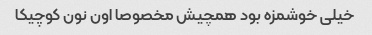
خیلی خوشمزه بود همچیش مخصوصا اون نون کوچیکا